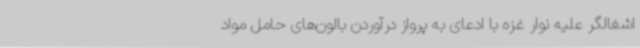
اشغالگر علیه نوار غزه با ادعای به پرواز درآوردن بالون‌های حامل مواد